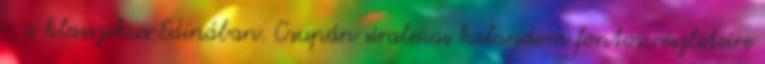
- a klasszikus Edinában. Csupán siralmas kalandom fontos részleteire